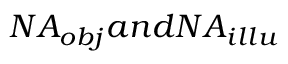
N A _ { o b j } a n d N A _ { i l l u }